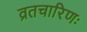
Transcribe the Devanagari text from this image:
व्रतचारिणः